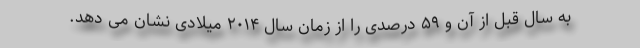
به سال قبل از آن و ۵۹ درصدی را از زمان سال ۲۰۱۴ میلادی نشان می دهد.